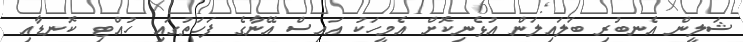
ޝަލީން އެނބުރި ބަލައިލަން އުޅެނިކޮށް އެމީހަކު އައިސް އޭނާގެ ފަހަތުގައި ހުއްޓި ކޮނޑާއި